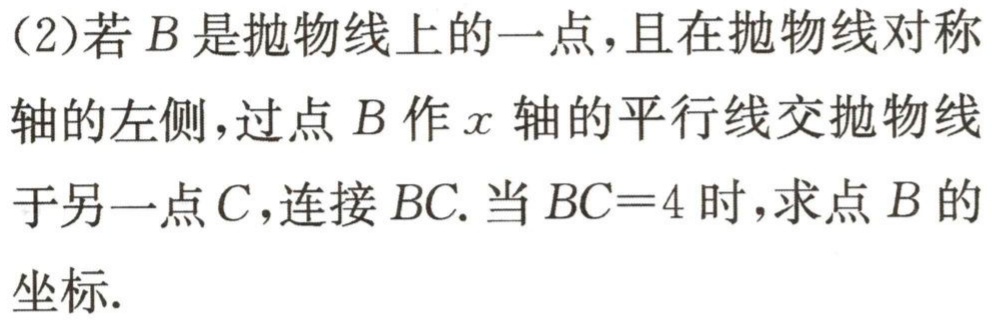
(2)若\(B\)是抛物线上的一点，且在抛物线对称轴的左侧，过点\(B\)作\(x\)轴的平行线交抛物线于另一点\(C\)，连接\(BC\). 当\(BC = 4\)时，求点\(B\)的坐标.